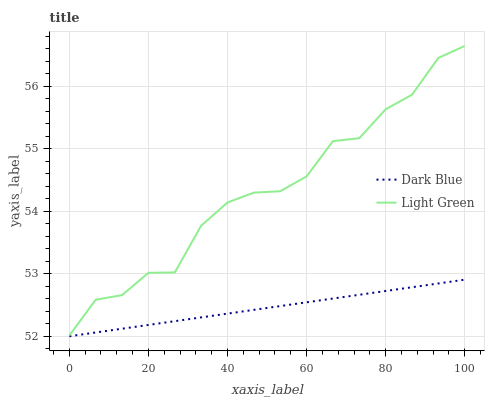
| xaxis_label | Dark Blue | Light Green |
 | --- | --- | --- |
 | 0 | 52 | 52 |
 | 6.67 | 52.1 | 52.6 |
 | 13.3 | 52.1 | 52.7 |
 | 20 | 52.2 | 53 |
 | 26.7 | 52.2 | 53 |
 | 33.3 | 52.3 | 53.8 |
 | 40 | 52.4 | 54.1 |
 | 46.7 | 52.4 | 54.3 |
 | 53.3 | 52.5 | 54.3 |
 | 60 | 52.5 | 54.6 |
 | 66.7 | 52.6 | 55.1 |
 | 73.3 | 52.7 | 55.2 |
 | 80 | 52.7 | 55.6 |
 | 86.7 | 52.8 | 55.9 |
 | 93.3 | 52.8 | 56.5 |
 | 100 | 52.9 | 56.6 |